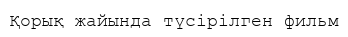
Қорық жайында түсірілген фильм